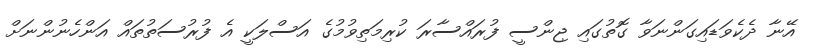
އޭނާ ދެކެވަޑައިގަންނަވާ ގޮތުގައި ޖިންސީ ފުރައްސާރަ ކުރިމަތިވުމުގެ އަސްލަކީ އެ ފުރުސަތުތައް އަންހެނުންނަށް